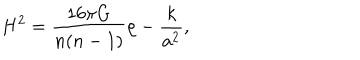
LaTeX: H ^ { 2 } = { \frac { 1 6 \pi G } { n ( n - 1 ) } } \rho - { \frac { k } { a ^ { 2 } } } ,